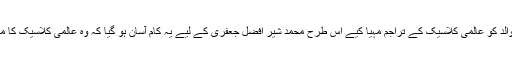
انھوں نے اپنے والد کو عالمی کلاسیک کے تراجم مہیا کیے اس طرح محمد شیر افضل جعفری کے لیے یہ کام آسان ہو گیا کہ وہ عالمی کلاسیک کا مطالعہ کر سکیں۔